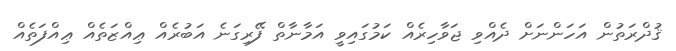
ޤުދްރަތުން އަހަންނަށް ދެއްވި ޖަވާހިރެއް ކަމުގައިވީ އަމާނާތް ފޭރިގަނެ އަބުރެއް ޢިއްޒަތެއް ޢިއްފަތެއް